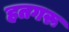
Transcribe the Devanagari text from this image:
हतगरू